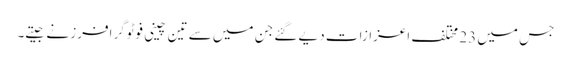
جس میں 23 مختلف اعزازات دیے گئے جن میں سے تین چینی فوٹوگرافرز نے جیتے۔